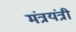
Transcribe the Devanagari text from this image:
मंत्रयंत्री